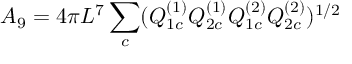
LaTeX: { \cal A } _ { 9 } = 4 \pi L ^ { 7 } \sum _ { c } ( Q _ { 1 c } ^ { ( 1 ) } Q _ { 2 c } ^ { ( 1 ) } Q _ { 1 c } ^ { ( 2 ) } Q _ { 2 c } ^ { ( 2 ) } ) ^ { 1 / 2 }